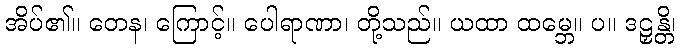
အိပ်၏။ တေန၊ ကြောင့်။ ပေါရာဏာ၊ တို့သည်။ ယထာ ထမ္ဘေ။ ပ။ ဒဠှန္တိ၊